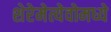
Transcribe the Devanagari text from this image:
शेरेमेत्येवोमध्ये